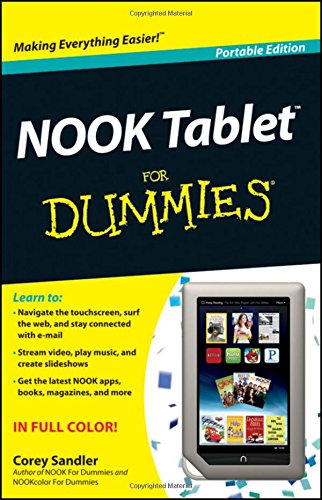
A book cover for NOOK Tablet For Dummies; Corey Sandler; Computers & Technology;